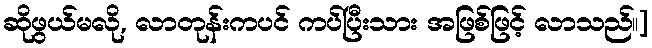
ဆိုဖွယ်မလို, လာတုန်းကပင် ကပ်ပြီးသား အဖြစ်ဖြင့် လာသည်။]